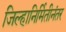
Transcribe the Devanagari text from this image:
जिल्हानिर्मितीनंतर